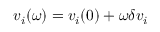
v _ { i } ( \omega ) = v _ { i } ( 0 ) + \omega \delta v _ { i }